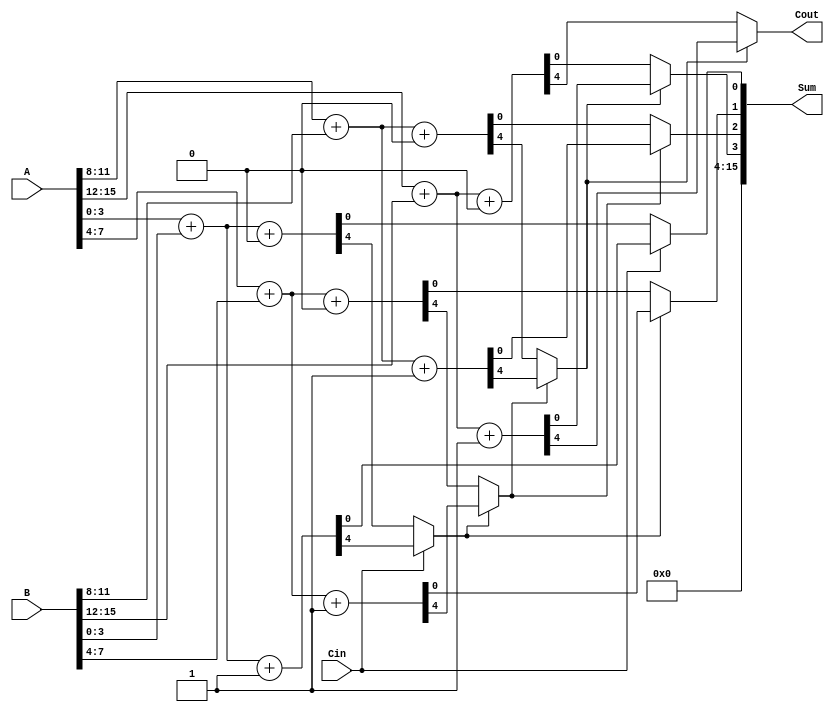
module DynamicCarrySelectAdder #(
    parameter WIDTH = 16, // Total width of the adder
    parameter SEGMENT_SIZE = 4 // Size of each segment
)(
    input [WIDTH-1:0] A, // First operand
    input [WIDTH-1:0] B, // Second operand
    input Cin, // Carry-in
    output [WIDTH-1:0] Sum, // Sum output
    output Cout // Carry-out
);

    localparam NUM_SEGMENTS = WIDTH / SEGMENT_SIZE;

    // Internal signals for sums and carries
    wire [SEGMENT_SIZE-1:0] sum0 [0:NUM_SEGMENTS-1];
    wire [SEGMENT_SIZE-1:0] sum1 [0:NUM_SEGMENTS-1];
    wire carry0 [0:NUM_SEGMENTS-1];
    wire carry1 [0:NUM_SEGMENTS-1];
    wire carry_out [0:NUM_SEGMENTS-1];

    // Generate sums and carries for each segment
    genvar i;
    generate
        for (i = 0; i < NUM_SEGMENTS; i = i + 1) begin : segment
            wire [SEGMENT_SIZE-1:0] A_seg = A[i*SEGMENT_SIZE +: SEGMENT_SIZE];
            wire [SEGMENT_SIZE-1:0] B_seg = B[i*SEGMENT_SIZE +: SEGMENT_SIZE];

            // Compute sums and carries assuming carry-in = 0
            assign {carry0[i], sum0[i]} = A_seg + B_seg + 1'b0;
            // Compute sums and carries assuming carry-in = 1
            assign {carry1[i], sum1[i]} = A_seg + B_seg + 1'b1;
        end
    endgenerate

    // MUX to select the correct sum and carry based on the carry-in
    wire [NUM_SEGMENTS-1:0] selected_sum;
    wire [NUM_SEGMENTS-1:0] selected_carry;

    assign selected_sum[0] = (Cin) ? sum1[0] : sum0[0];
    assign selected_carry[0] = (Cin) ? carry1[0] : carry0[0];

    generate
        for (i = 1; i < NUM_SEGMENTS; i = i + 1) begin : mux
            assign selected_sum[i] = (selected_carry[i-1]) ? sum1[i] : sum0[i];
            assign selected_carry[i] = (selected_carry[i-1]) ? carry1[i] : carry0[i];
        end
    endgenerate

    // Final output assignments
    assign Sum = {selected_sum[NUM_SEGMENTS-1], selected_sum[NUM_SEGMENTS-2], selected_sum[NUM_SEGMENTS-3], selected_sum[NUM_SEGMENTS-4]};
    assign Cout = selected_carry[NUM_SEGMENTS-1];

endmodule